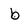
Character: b